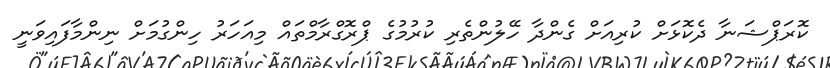
ކޮރަޕްޝަނާ ދެކޮޅަށް ކުރިއަށް ގެންދާ ހޭލުންތެރި ކުރުމުގެ ޕްރޮގްރާމްތައް މިއަހަރު ހިންގުމަށް ނިންމާފައިވަނީ